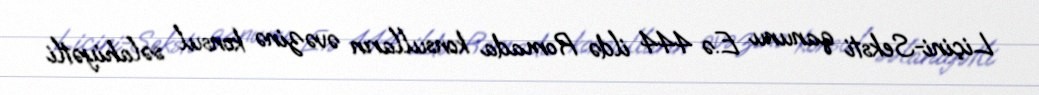
Liçini-Seksti qanunu E.ə 444 ildə Romada konsulların əvəzinə konsul səlahiyətli